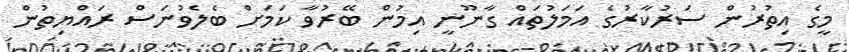
މީގެ އިތުރުން ސަރުކާރުގެ އަމަލުތައް ގާނޫނީ އިމުން ބޭރުވާ ކަމަށް ބެލެވުނަސް ރައްޔިތުން